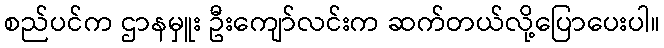
စည်ပင်က ဌာနမှူး ဦးကျော်လင်းက ဆက်တယ်လို့ပြောပေးပါ။